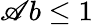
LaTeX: \mathscr{A}b\leq1